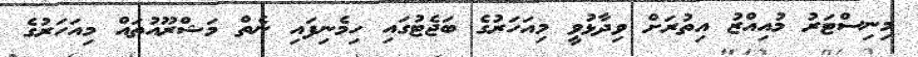
މިނިސްޓަރު މުއިއްޒު އިތުރަށް ވިދާޅުވީ މިއަހަރުގެ ބަޖެޓުގައި ހިމެނިފައި ނެތް މަޝްރޫއުތައް މިއަހަރުގެ